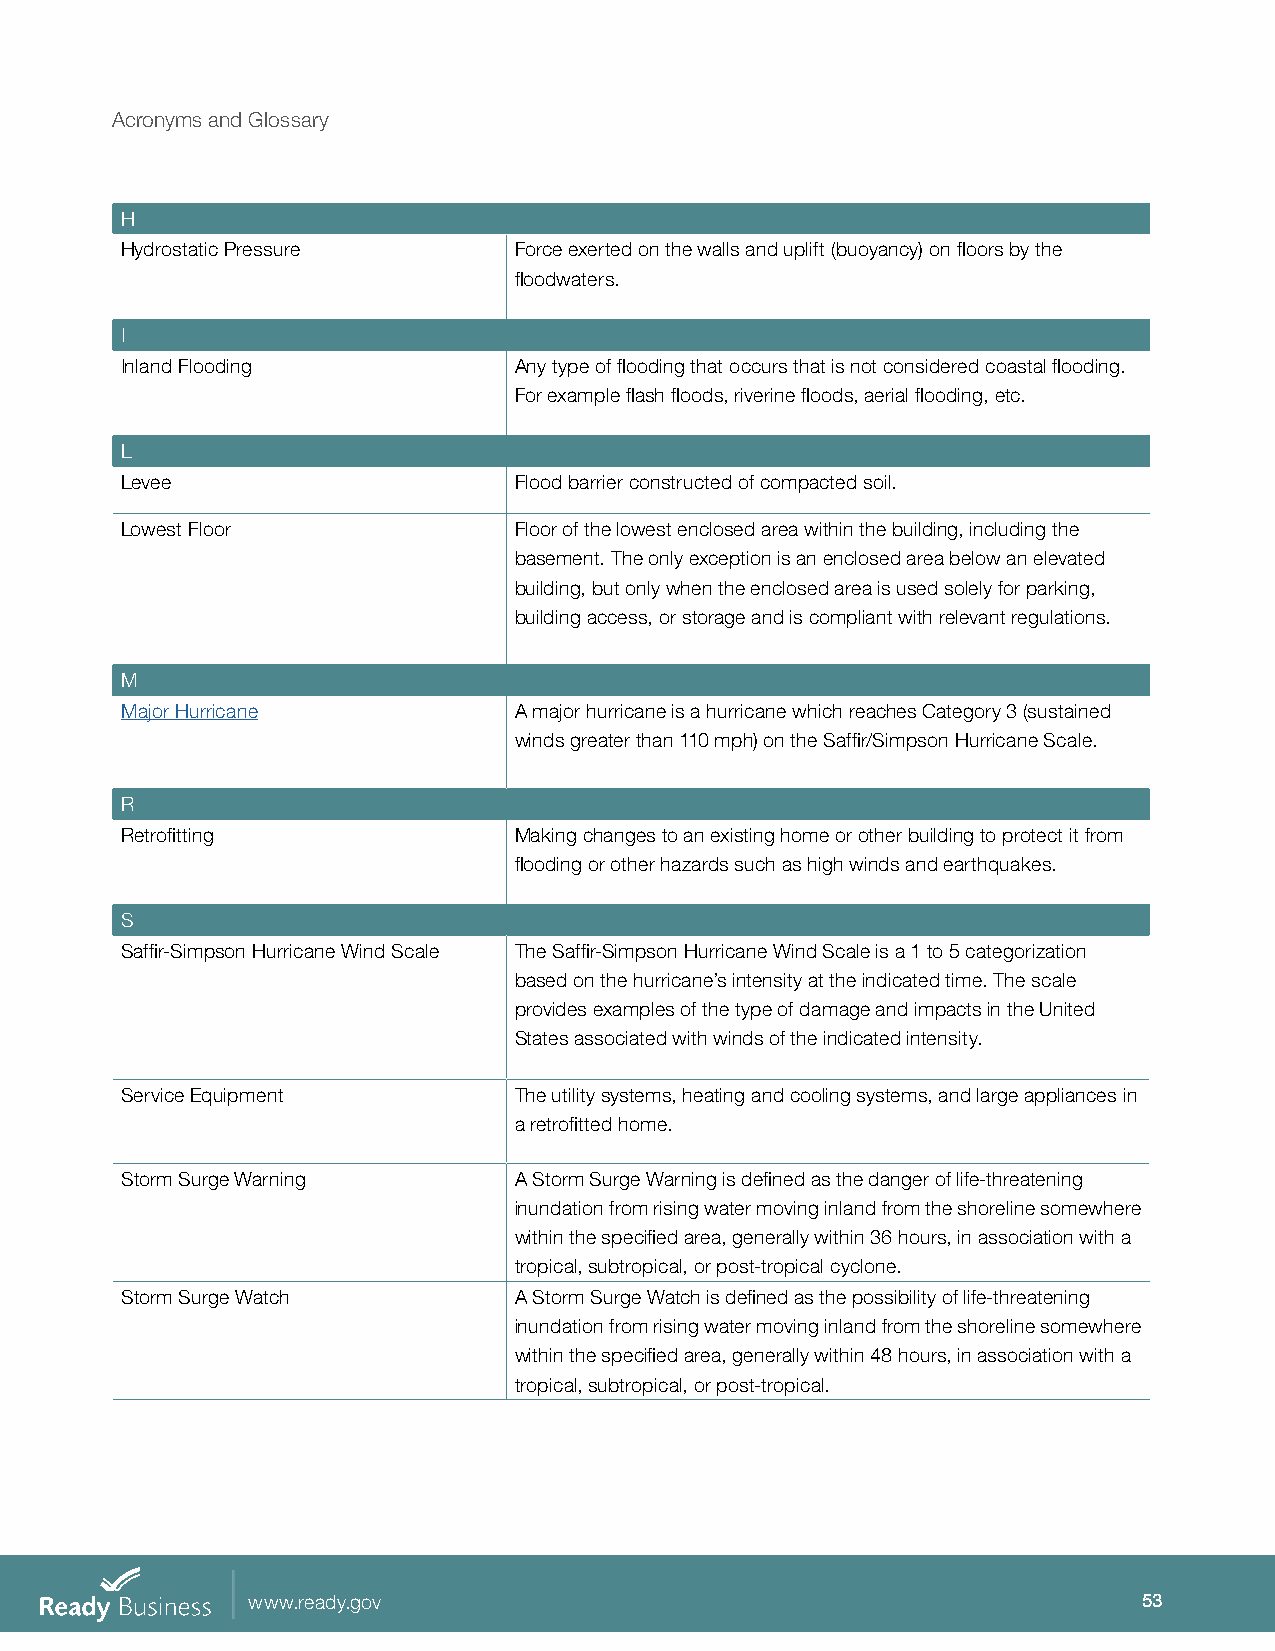
Acronyms and Glossary
 H
 Hydrostatic Pressure      Force exerted on the walls and uplift (buoyancy) on floors by the
 floodwaters.
 I
 Inland Flooding           Any type of flooding that occurs that is not considered coastal flooding.
 For example flash floods, riverine floods, aerial flooding, etc.
 L
 Levee                     Flood barrier constructed of compacted soil.
 Lowest Floor              Floor of the lowest enclosed area within the building, including the
 basement. The only exception is an enclosed area below an elevated
 building, but only when the enclosed area is used solely for parking,
 building access, or storage and is compliant with relevant regulations.
 M
 Major Hurricane           A major hurricane is a hurricane which reaches Category 3 (sustained
 winds greater than 110 mph) on the Saffir/Simpson Hurricane Scale.
 R
 Retrofitting              Making changes to an existing home or other building to protect it from
 flooding or other hazards such as high winds and earthquakes.
 S
 Saffir-Simpson Hurricane Wind Scale The Saffir-Simpson Hurricane Wind Scale is a 1 to 5 categorization
 based on the hurricane’s intensity at the indicated time. The scale
 provides examples of the type of damage and impacts in the United
 States associated with winds of the indicated intensity.
 Service Equipment         The utility systems, heating and cooling systems, and large appliances in
 a retrofitted home.
 Storm Surge Warning       A Storm Surge Warning is defined as the danger of life-threatening
 inundation from rising water moving inland from the shoreline somewhere
 within the specified area, generally within 36 hours, in association with a
 tropical, subtropical, or post-tropical cyclone.
 Storm Surge Watch         A Storm Surge Watch is defined as the possibility of life-threatening
 inundation from rising water moving inland from the shoreline somewhere
 within the specified area, generally within 48 hours, in association with a
 tropical, subtropical, or post-tropical.
 www.ready.gov                                               53